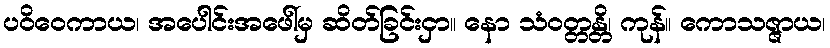
ပဝိဝေကာယ၊ အပေါင်းအဖေါ်မှ ဆိတ်ခြင်းငှာ။ နော သံဝတ္တန္တိ၊ ကုန်။ ကောသဇ္ဇာယ၊